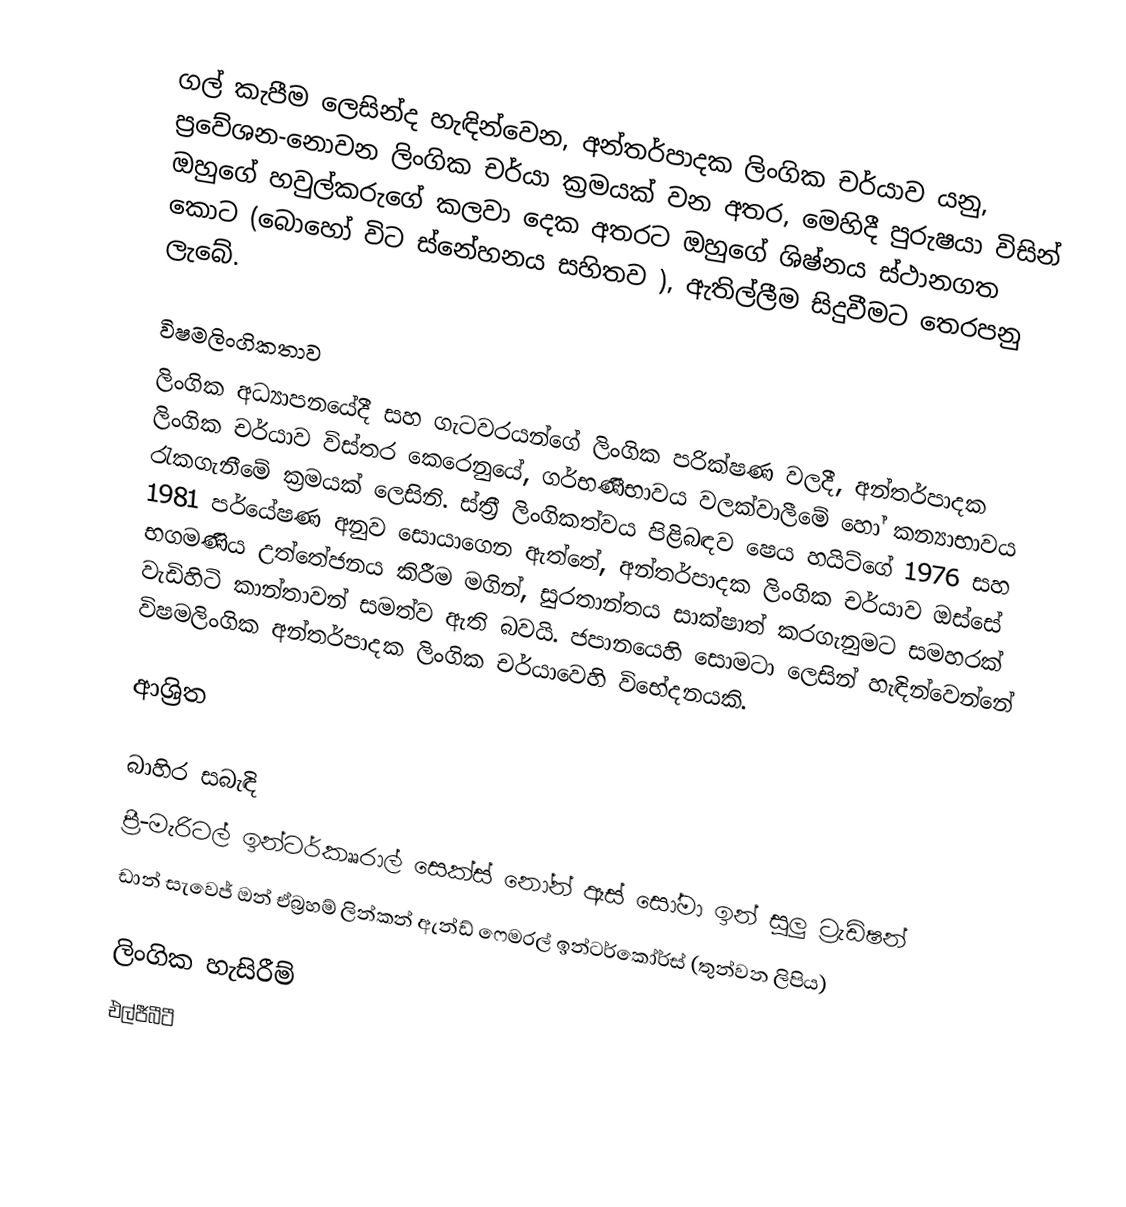
ගල් කැපීම ලෙසින්ද හැඳින්වෙන, අන්තර්පාදක ලිංගික චර්යාව යනු, ප්‍රවේශන-නොවන ලිංගික චර්යා ක්‍රමයක් වන අතර, මෙහිදී පුරුෂයා විසින් ඔහුගේ හවුල්කරුගේ කලවා දෙක අතරට ඔහුගේ ශිෂ්නය ස්ථානගත කොට (බොහෝ විට ස්නේහනය සහිතව ), ඇතිල්ලීම සිදුවීමට තෙරපනු ලැබේ.

විෂමලිංගිකතාව
ලිංගික අධ්‍යාපනයේදී  සහ  ගැටවරයන්ගේ ලිංගික පරික්ෂණ වලදී, අන්තර්පාදක ලිංගික චර්යාව විස්තර කෙරෙනුයේ,  ගර්භණීභාවය  වලක්වාලීමේ හෝ කන්‍යාභාවය රැකගැනීමේ ක්‍රමයක් ලෙසිනි. ස්ත්‍රී ලිංගිකත්වය පිළිබඳව ෂෙය හයිට්ගේ  1976 සහ 1981 පර්යේෂණ අනුව සොයාගෙන ඇත්තේ,  අන්තර්පාදක ලිංගික චර්යාව ඔස්සේ  භගමණිය උත්තේජනය කිරීම මගින්, සුරතාන්තය සාක්ෂාත් කරගැනුමට සමහරක් වැඩිහිටි කාන්තාවන් සමත්ව ඇති බවයි.  ජපානයෙහි සොමටා ලෙසින් හැඳින්වෙන්නේ විෂමලිංගික අන්තර්පාදක ලිංගික චර්යාවෙහි විභේදනයකි.

ආශ්‍රිත

බාහිර සබැඳි
 ප්‍රී-මැරිටල් ඉන්ටර්කෲරාල් සෙක්ස් නෝන් ඈස් සෝමා ඉන් සූලු ට්‍රැඩිෂන්
 ඩාන් සැවෙජ් ඔන් ඒබ්‍රහම් ලින්කන් ඇන්ඩ්  ෆෙමරල් ඉන්ටර්කෝර්ස් (තුන්වන ලිපිය)

ලිංගික හැසිරීම්
එල්ජීබීටී